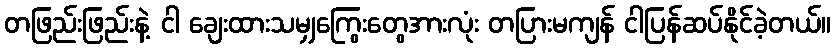
တဖြည်းဖြည်းနဲ့ ငါ ချေးထားသမျှကြွေးတွေအားလုံး တပြားမကျန် ငါပြန်ဆပ်နိုင်ခဲ့တယ်။